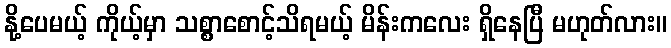
နို့ပေမယ့် ကိုယ့်မှာ သစ္စာစောင့်သိရမယ့် မိန်းကလေး ရှိနေပြီ မဟုတ်လား။